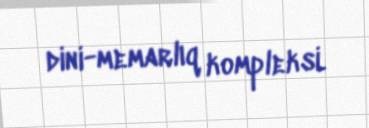
dini-memarlıq kompleksi.